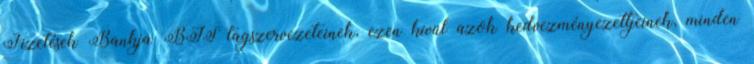
Fizetések Bankja BIS tagszervezeteinek, ezen kívül azok kedvezményezettjeinek, minden